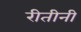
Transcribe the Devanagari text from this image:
रीतीनी